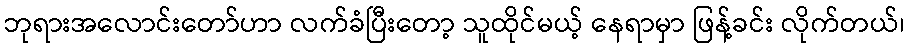
ဘုရားအလောင်းတော်ဟာ လက်ခံပြီးတော့ သူထိုင်မယ့် နေရာမှာ ဖြန့်ခင်း လိုက်တယ်၊